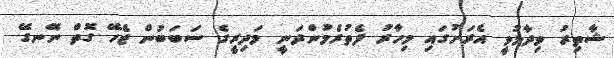
ޝާތިރު ވިދާޅުވީ އެރަށުގައި މިހާރު ފެތުރެމުންދަނީ މަދިރީގެ ސަބަބުން ޖެހޭ ގޮތް ނޭނގޭ